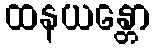
ထနယန္တော